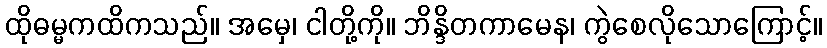
ထိုဓမ္မကထိကသည်။ အမှေ၊ ငါတို့ကို။ ဘိန္ဒိတကာမေန၊ ကွဲစေလိုသောကြောင့်။